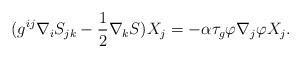
LaTeX: \begin{align*}(g^{ij} \nabla_i S_{jk} - \frac{1}{2} \nabla_k S) X_j = - \alpha \tau_g \varphi \nabla_j\varphi X_j.\end{align*}